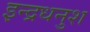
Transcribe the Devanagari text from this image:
इन्द्रधनुश